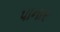
પાનાર